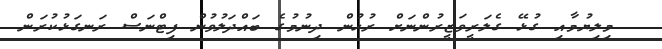
މިލިޔުމާއި ގުޅޭ ގެލަރީވަޒީރުންނަށް ރުހުން ދިނުމުގެ ބައްދަލުވުން ފިޓްނަސް ރަނގަޅުކުރަން